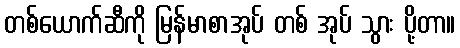
တစ်ယောက်ဆီကို မြန်မာစာအုပ် တစ် အုပ် သွား ပို့တာ။